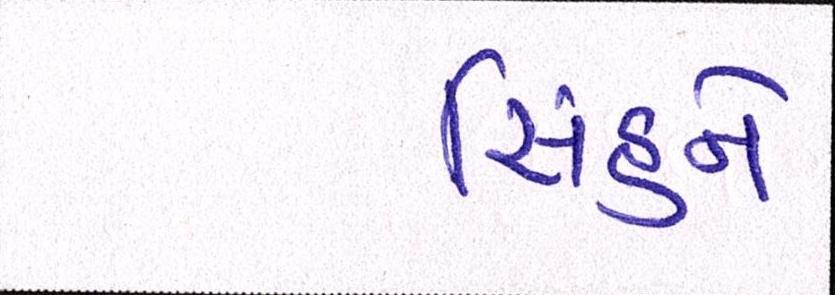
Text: સિંહને